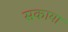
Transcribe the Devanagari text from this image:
सकाया